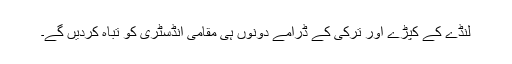
لنڈے کے کپڑے اور ترکی کے ڈرامے دونوں ہی مقامی انڈسٹری کو تباہ کردیں گے۔